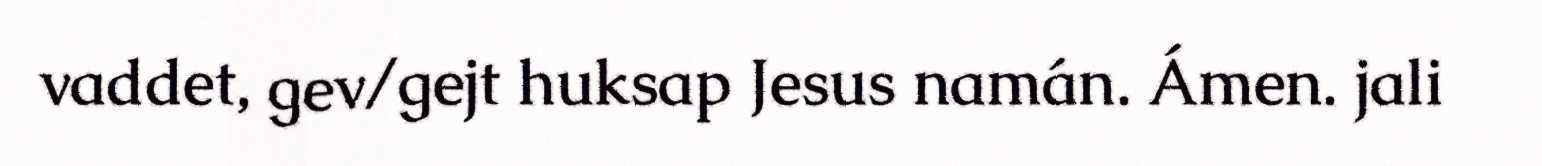
vaddet, gev/gejt huksap Jesus namán. Ámen. jali